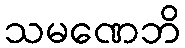
သမဏေဘိ